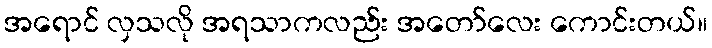
အရောင် လှသလို အရသာကလည်း အတော်လေး ကောင်းတယ်။